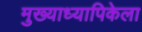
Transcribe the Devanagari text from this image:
मुख्याध्यापिकेला